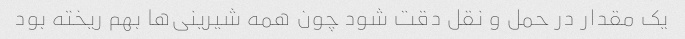
یک مقدار در حمل و نقل دقت شود چون همه شیرینی‌ها بهم ریخته بود